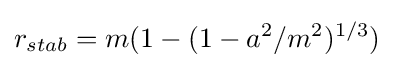
r_{stab}=m(1-(1-a^{2}/m^{2})^{1/3})